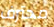
محترف